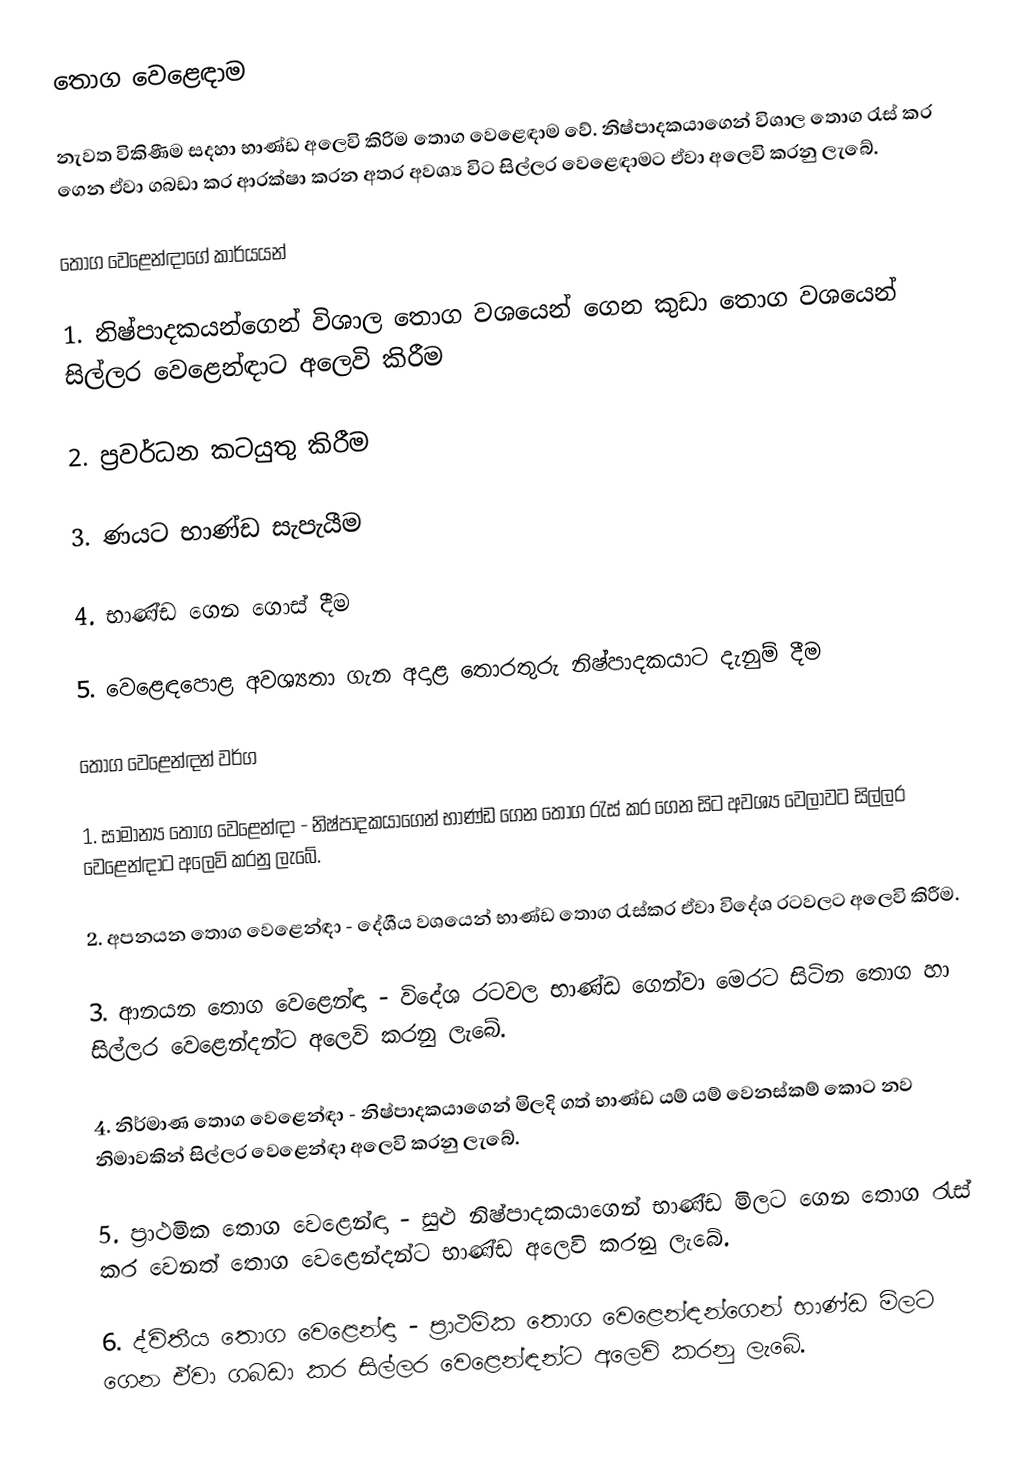
තොග වෙළෙඳාම

නැවත විකිණීම සදහා භාණ්ඩ අලෙවි කිරිම තොග වෙළෙඳාම වේ. නිෂ්පාදකයාගෙන් විශාල තොග රැස් කර ගෙන ඒවා ගබඩා කර ආරක්ෂා කරන අතර අවශ්‍ය විට සිල්ලර වෙළෙඳාමට ඒවා අලෙවි කරනු ලැබේ.

තොග වෙළෙන්ඳාගේ කාර්යයන්

1.	නිෂ්පාදකයන්ගෙන් විශාල තොග වශයෙන් ගෙන කුඩා තොග වශයෙන් සිල්ලර වෙළෙන්ඳාට අලෙවි කිරීම

2.	ප්‍රවර්ධන කටයුතු කිරීම

3.	ණයට භාණ්ඩ සැපැයීම

4.	භාණ්ඩ ගෙන ගොස් දීම

5.	වෙළෙඳපොළ අවශ්‍යතා ගැන අදාළ තොරතුරු නිෂ්පාදකයාට දැනුම් දීම

තොග වෙළෙන්ඳන් වර්ග

1.	සාමාන්‍ය තොග වෙළෙන්ඳා - නිෂ්පාදකයාගෙන් භාණ්ඩ ගෙන තොග රැස් කර ගෙන සිට අවශ්‍ය වෙලාවට සිල්ලර වෙළෙන්ඳාට අලෙවි කරනු ලැබේ.

2.	අපනයන තොග වෙළෙන්ඳා - දේශීය වශයෙන් භාණ්ඩ තොග රැස්කර ඒවා විදේශ රටවලට අලෙවි කිරීම.

3.	ආනයන තොග වෙළෙන්ඳා - විදේශ රටවල භාණ්ඩ ගෙන්වා මෙරට සිටින තොග හා සිල්ලර වෙළෙන්දන්ට අලෙවි කරනු ලැබේ.

4.	නිර්මාණ තොග වෙළෙන්ඳා - නිෂ්පාදකයාගෙන් මිලදි ගත් භාණ්ඩ යම් යම් වෙනස්කම් කොට නව නිමාවකින් සිල්ලර වෙළෙන්ඳා අලෙවි කරනු ලැබේ.

5.	ප්‍රාථමික තොග වෙළෙන්ඳා - සුළු නිෂ්පාදකයාගෙන් භාණ්ඩ මිලට ගෙන තොග රැස් කර වෙනත් තොග වෙළෙන්දන්ට භාණ්ඩ අලෙවි කරනු ලැබේ.

6.	ද්විතීය තොග වෙළෙන්ඳා - ප්‍රාථමික තොග වෙළෙන්ඳන්ගෙන් භාණ්ඩ මිලට ගෙන ඒවා ගබඩා කර සිල්ලර වෙළෙන්ඳන්ට අලෙවි කරනු ලැබේ.